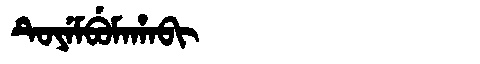
Manchu: ᡨᡠᠶᡝᠮᠪᡠᠮᠠᡥᠠᠪᡳ
Romanization: TUYEMBUMAHABI